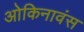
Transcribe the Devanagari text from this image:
ओकिनावंस